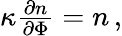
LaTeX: \begin{array}{r}{\kappa\frac{\partial n}{\partial\Phi}=n\, ,}\end{array}